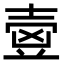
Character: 㚃